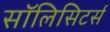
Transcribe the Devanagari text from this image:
सॉलिसिटर्स